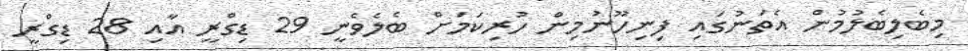
މިބެލިބެލުމުން އެތަނުގައި ފިނިހޫނުމިން ހުރިކަމަށް ބެލެވެނީ 29 ޑިގްރީ އާއި 28 ޑިގްރީ